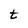
Character: t